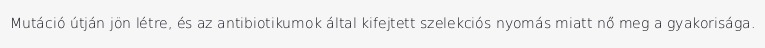
Mutáció útján jön létre, és az antibiotikumok által kifejtett szelekciós nyomás miatt nő meg a gyakorisága.